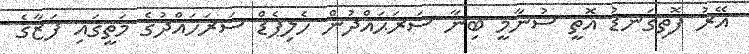
އޭރު ފޮތިގަނޑު އޮތީ ސުނާމީ ބިނާ ސަރަޙައްދުން ހެލިޕެޑް ސަރަހައްދުގެ މަތީގައި ފަޒާގެ